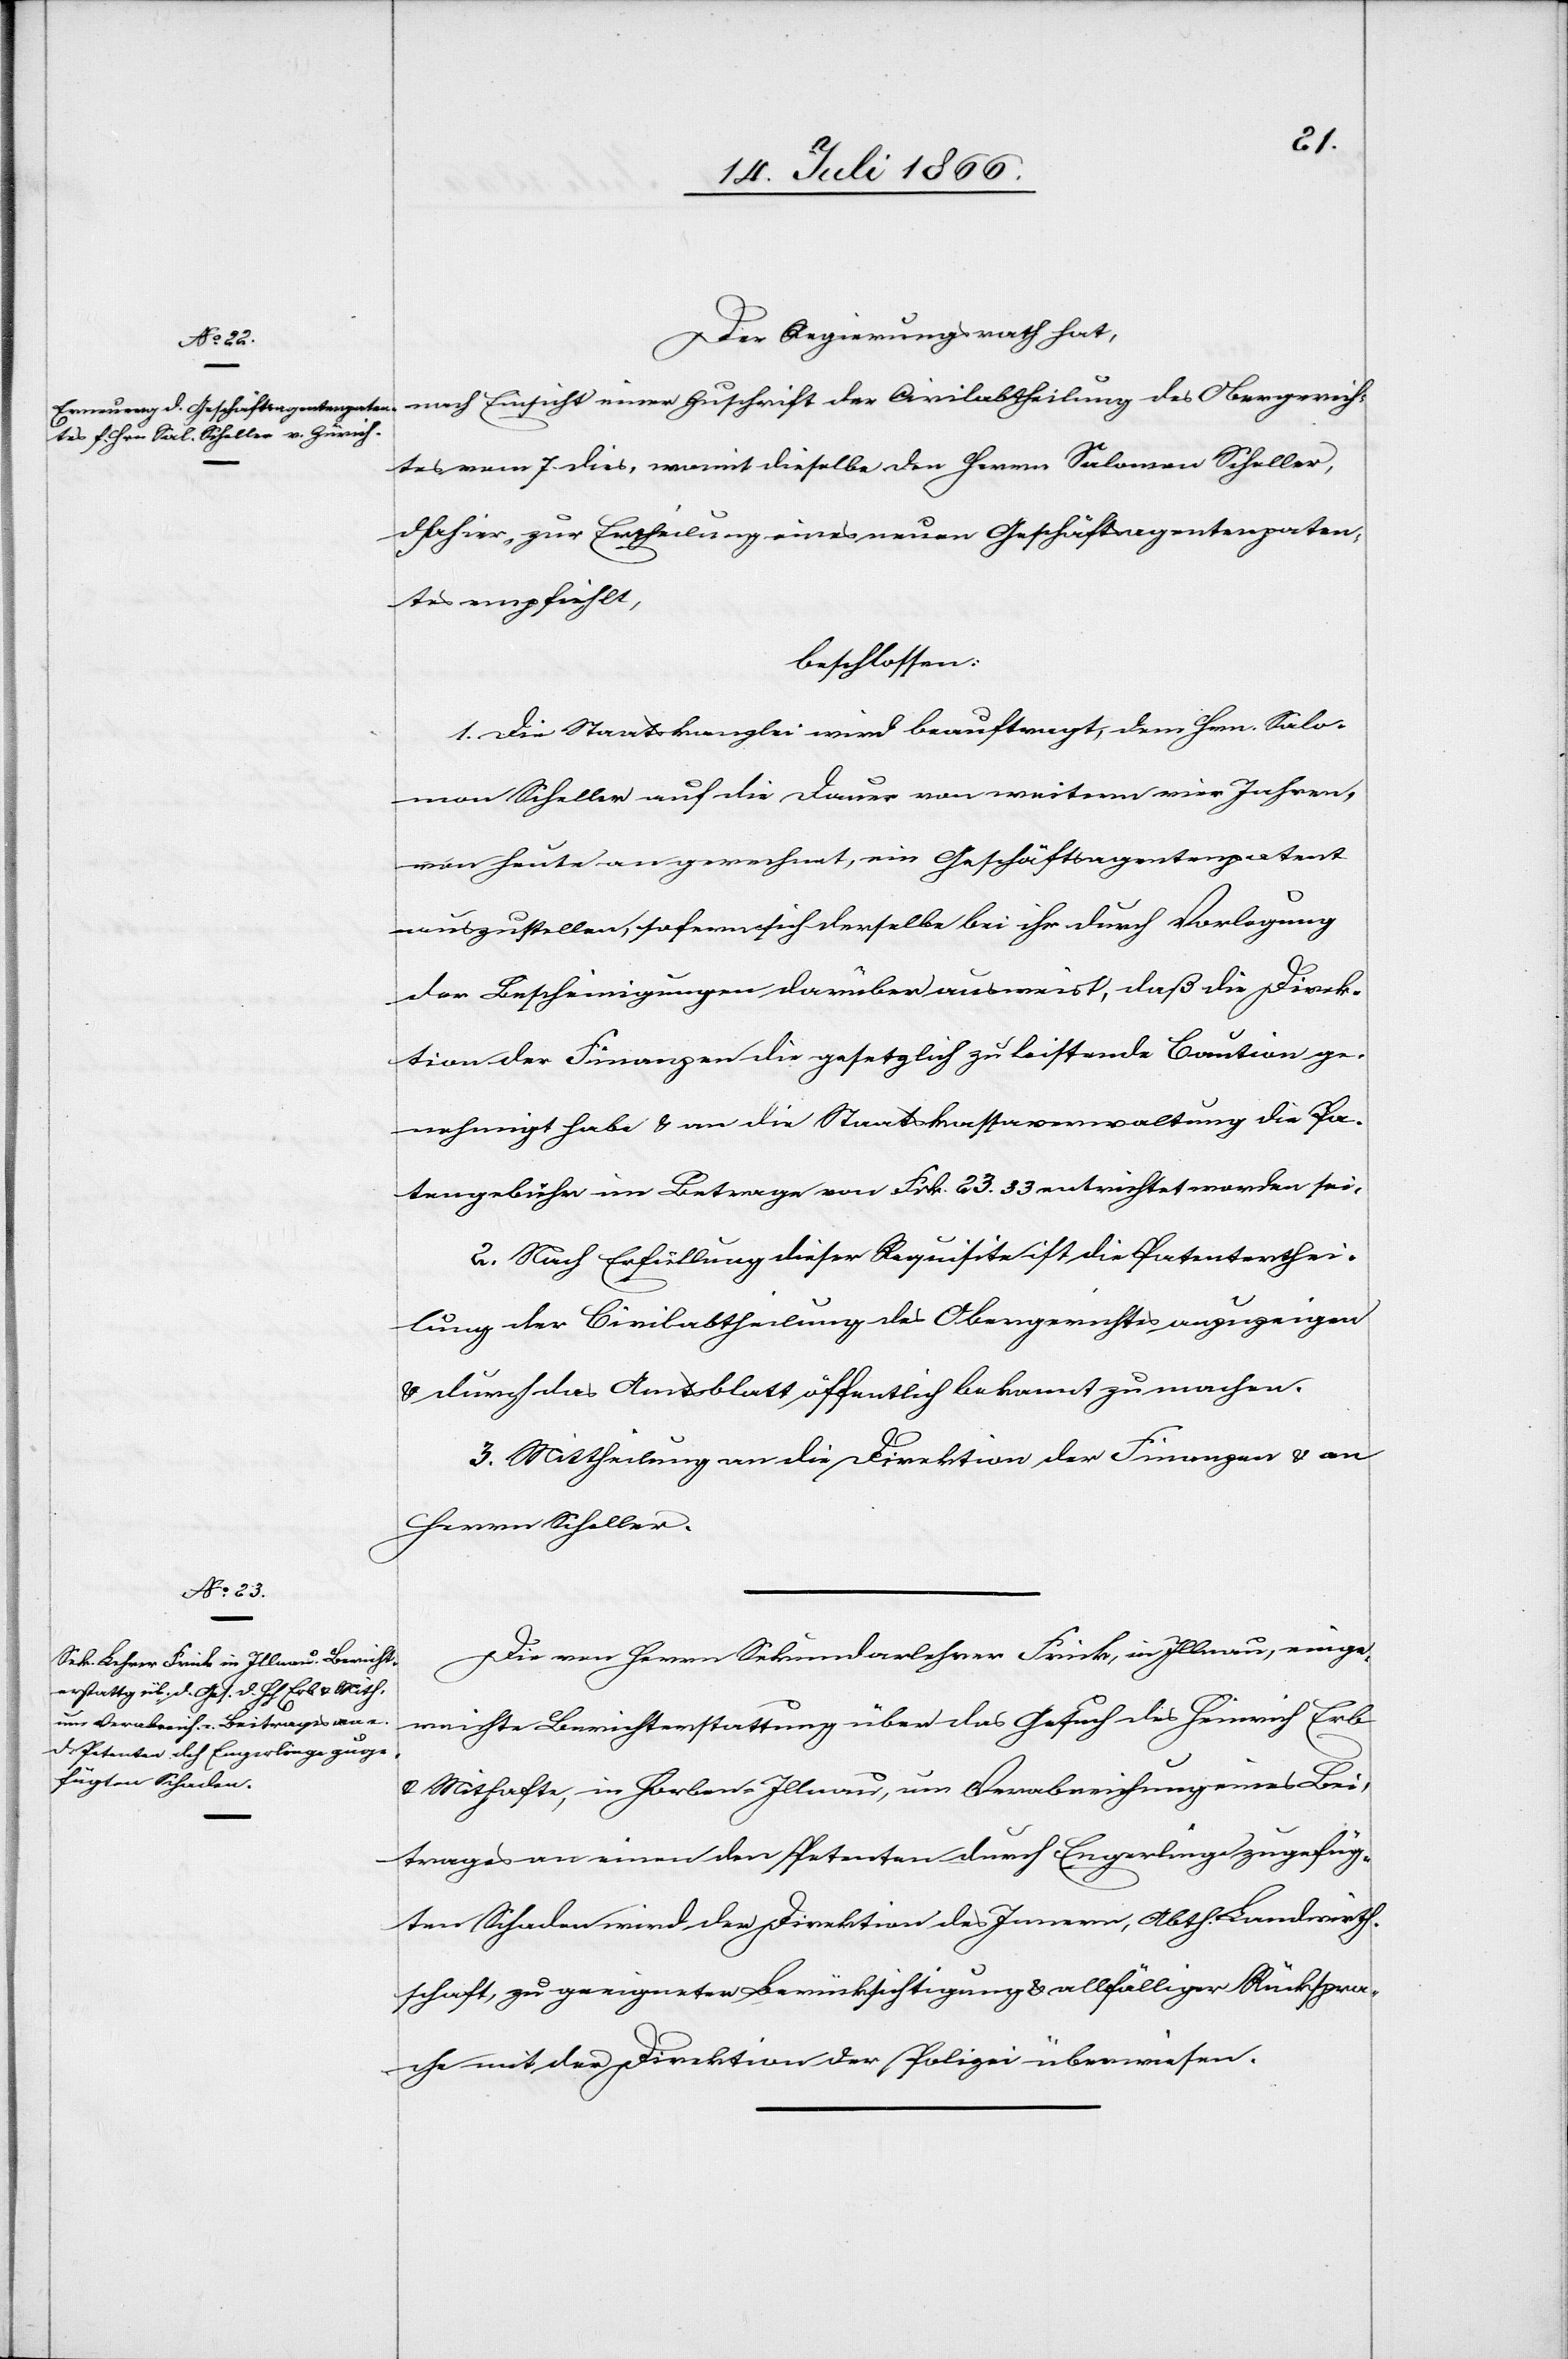
rich¬
Der Regierungsrath hat,
tes vom 7. dies, womit dieselbe den Herrn Solomon Scheller,
dahier, zur Ertheilung eines neuen Geschäftsagentenpaten¬
tes empfiehlt,
beschlossen:
1. Die Staatskanzlei wird beauftragt, dem Hrn. Solo¬
mon Scheller auf die Dauer von weitern vier Jahren,
von heute an gerechnet, ein Geschäftsagentenpatent
auszustellen, sofern sich derselbe bei ihr durch Vorlegung
der Bescheinigungen darüber ausweist, daß die Direk¬
tion der Finanzen die gesetzlich zu leistende Caution ge¬
nehmigt habe u. an die Staatskassaverwaltung die Pa¬
tentgebühr im Betrage von Frk. 23.33 entrichtet worden sei.
2. Nach Erfüllung dieser Requisite ist die Patenterthei¬
lung der Civilabtheilung des Obergerichtes anzuzeigen
u. durch das Amtsblatt öffentlich bekannt zu machen.
3. Mittheilung an die Direktion der Finanzen u. an
Herrn Scheller.
Die von Herrn Sekundarlehrer Frick, in Illnau, einge¬
reichte Berichterstattung über das Gesuch des Heinrich Erb
u. Mithafte, in Horben-Illnau, um Verabreichung eines Bei¬
trages an einen den Petenten durch Engerlinge zugefüg¬
ten Schaden wird der Direktion des Innern, Abth. Landwirth¬
schaft, zu geeigneter Berücksichtigung u. allfälliger Rückspra¬
che mit der Direktion der Polizei überwiesen.